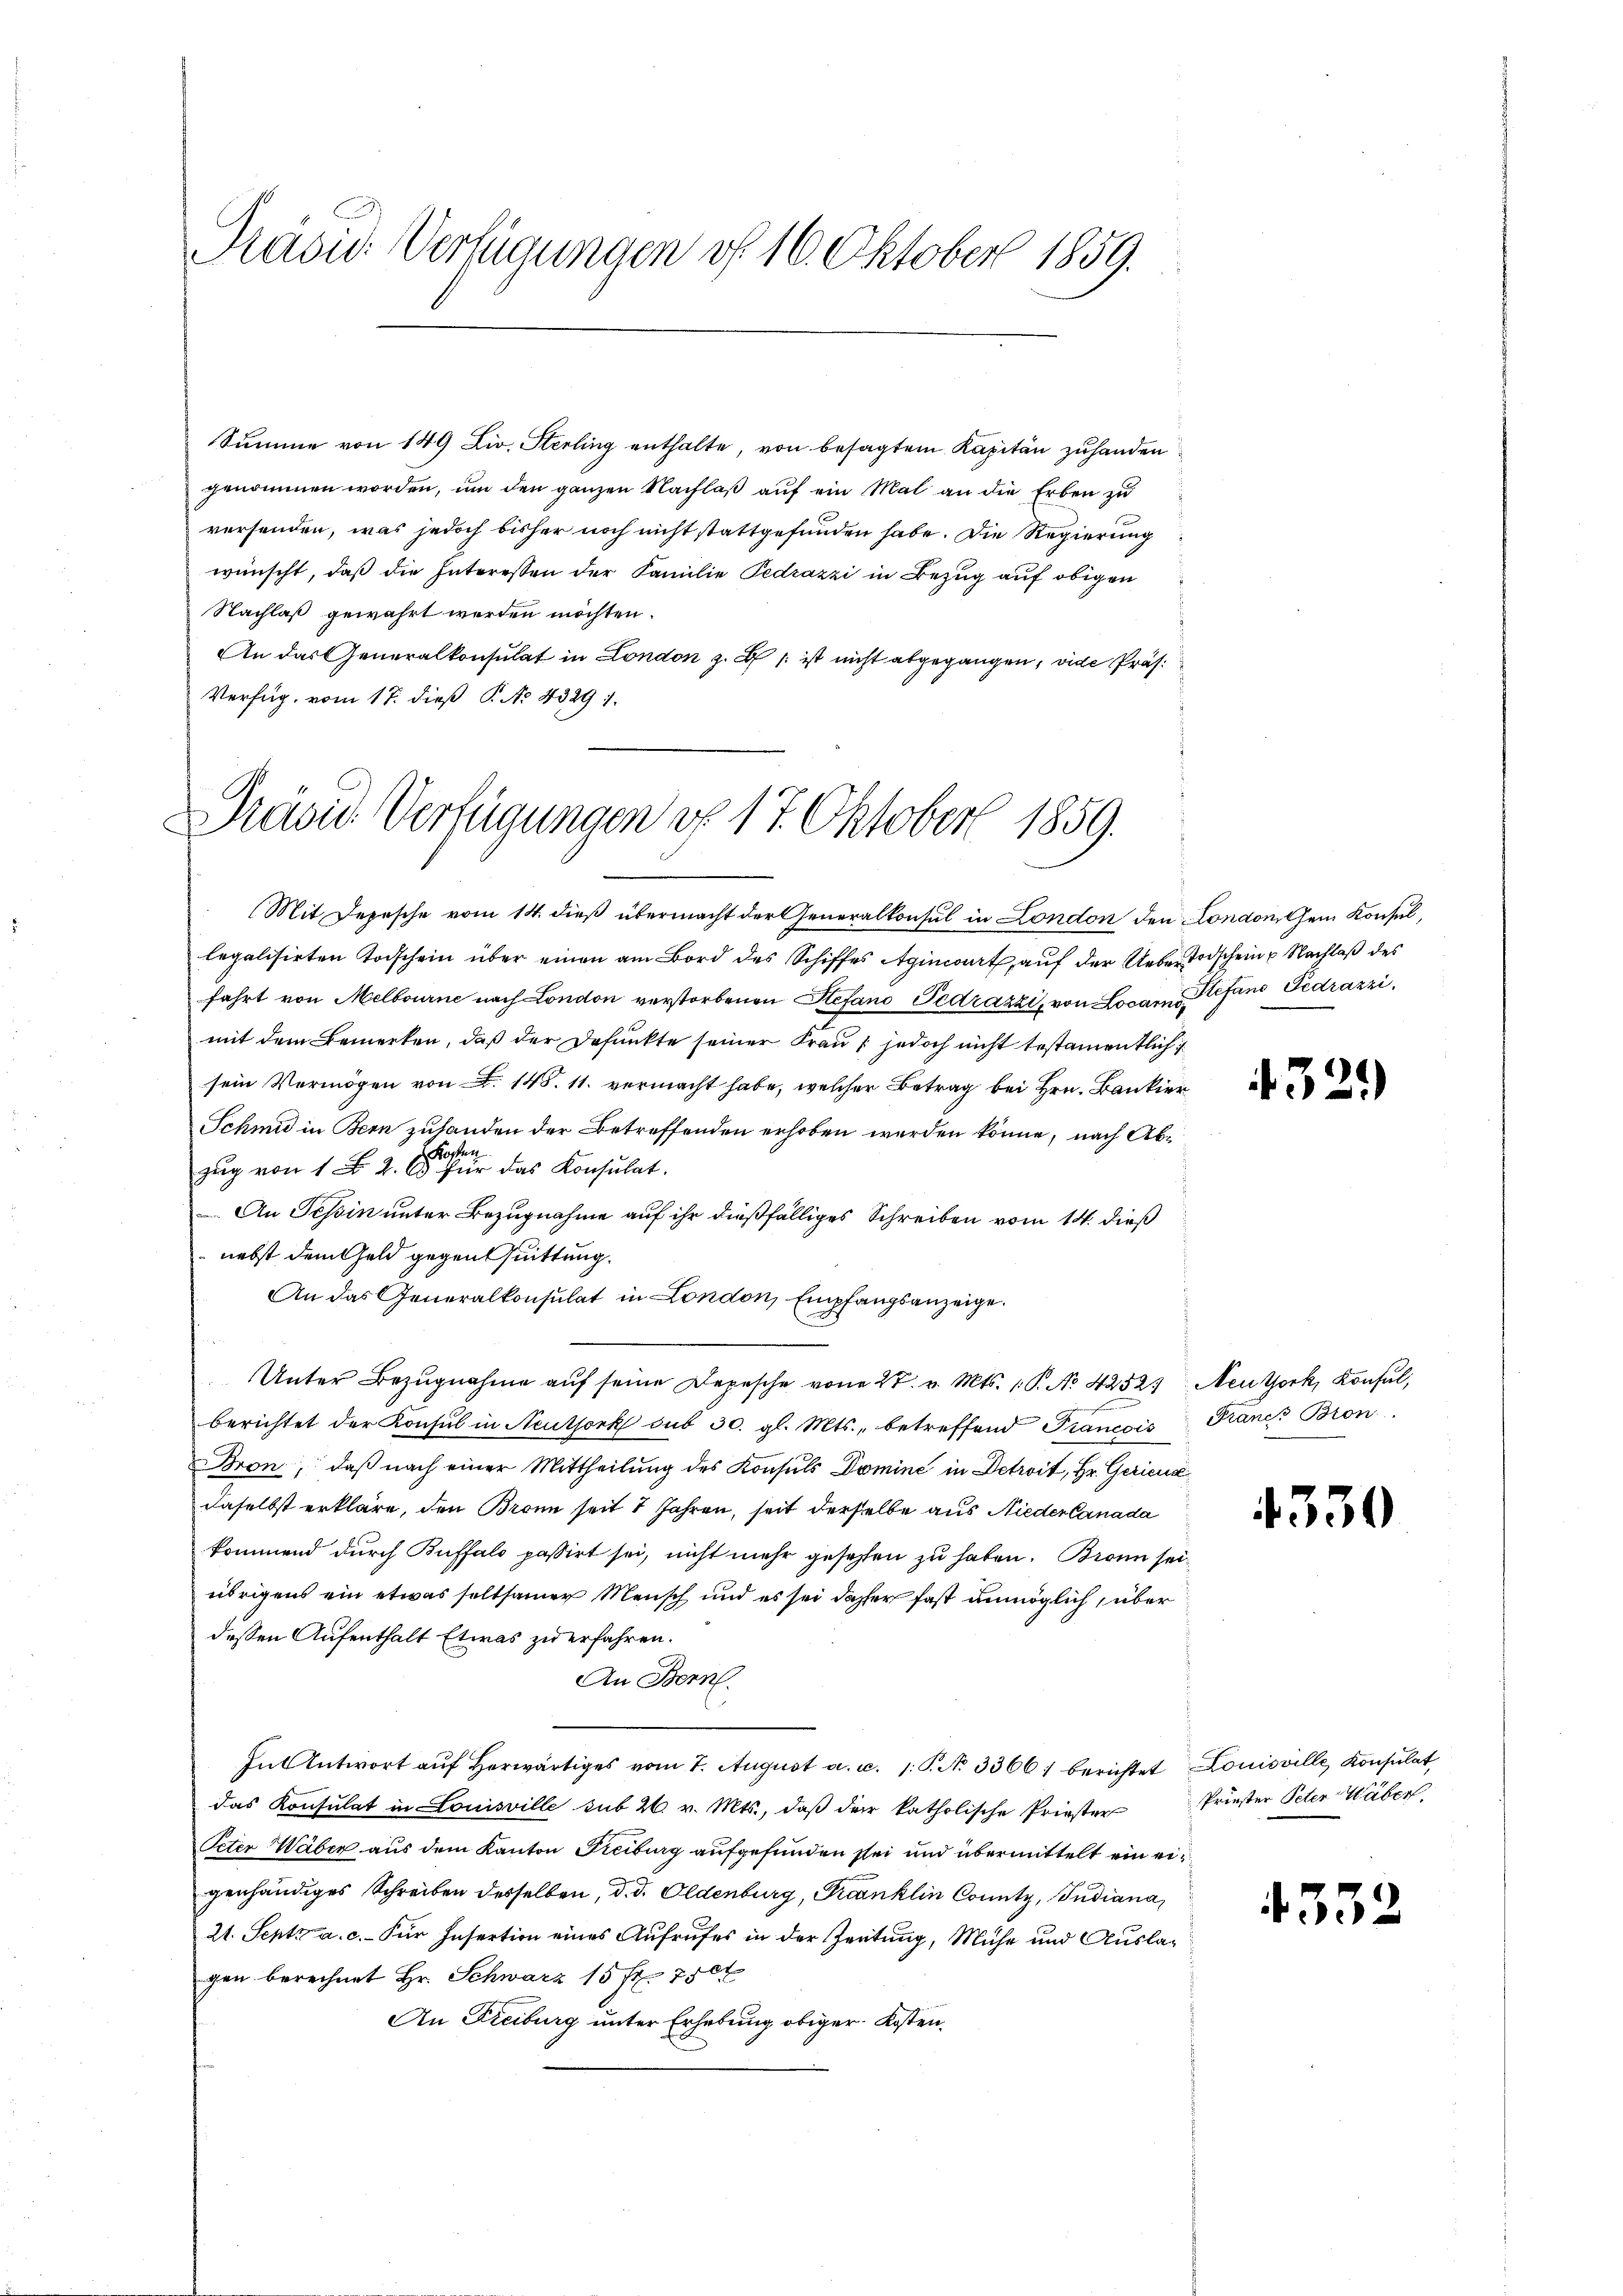
Rasus Verfügungen d. 16. Oktober 1859.

Summe von 149 Ziv. Sterling enthalte, von besagtem Kapitän zuhanden
genommen worden, um den ganzen Nachlaß auf ein Mal an die Erben zu
versenden, was jedoch bisher noch nicht stattgefunden habe. Die Regierung
wünscht, daß die Interessen der Familie Pedrazzi in Bezug auf obigen
Nachlaß gewährt werden möchten.
An das Generalkonsulat in London z. B. ist nicht abgegangen, vide Präs.
Verfüg, vom 17. dieß P. No 43291.

Präsid. Verfügungen v. 17. Oktober 1859.
Mit Depesche vom 14. dieß übermacht der Generalkonsul in London den London, dem Konsul,

legalisirten Todschein über einen am Bord des Schiffes Agimort, auf der Ueberstodscheine Nachlaß des
fahrt von Melbourne nach London verstorbenen Stefano Pedrazzi, von Locam Stefan Fedrazzi,
mit dem Bemerken, daß der defunkte seiner Frau , jedoch nicht testamentlich
sein Vermögen von F. 148. 11. vermacht habe, welcher Betrag bei Hrn. Bankier
Schmid in Bern zulanden der Betreffenden erhoben werden könne, nach Ab¬
Kosten
zŭg von 1 Fr. 2. 65 für das Konsulat.
An Tessin unter Bezugnahme auf ihr dießfälliges Schreiben vom 14. dieß
nebst dem Geld gegen huittung.
An das Generalkonsulat in London, Empfangsanzeige.
Unter Bezugnahme auf seine Depesche von 27. v. Mts. 1. P. No. 42523, Neutzork, Konsul,
berichtet der Konsul in Neuthork sub 30. gl. Mts., betreffend Francois Francs Bron
Bron, daß nach einer Mittheilung des Konsuls Domine in Detroit, Hr. Gerien
daselbst erkläre, den Brann seit 2 Jahren, seit derselbe aus Nieder Canada
kommend durch Buffalo passirt sei, nicht mehr gesezten zu haben. Bronn seiübrigens ein etwas seltsamer Mensch und es sei daher fast unmöglich, über
dessen Aufenthalt Etwas zu erfahren.
An Bern.
FnAntwort aŭf herwärtiges vom 7. August a. c. 1. P. N. 3366) berichtet Louisville Konsulat
das Konsulat in Louisville sub 26. v. Mts., daß der katholische Priester
Peter Waber aus dem Kanton Picibug aufgefunden sei und übermittelt ein eigenhändiges Schreiben desselben, d. d. Oldenburg, Kranklin County, Judiana,
21. Septz a. c. Für Insertion eines Aufrufes in der Zeitung, Mühe und Auslagen berechnet Hr. Schwarz 15 fl 750
An Freiburg unter Erhebung obiger Kosten¬

432.)

4330

Priester Peter Wäber.

435.